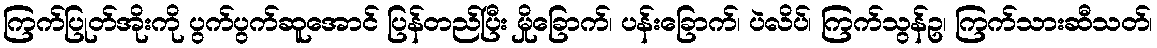
ကြက်ပြုတ်အိုးကို ပွက်ပွက်ဆူအောင် ပြန်တည်ပြီး မှိုခြောက်၊ ပန်းခြောက်၊ ပဲလိပ်၊ ကြက်သွန်ဥ၊ ကြက်သားဆီသတ်၊